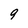
Character: 9